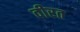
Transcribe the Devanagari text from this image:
वीरत